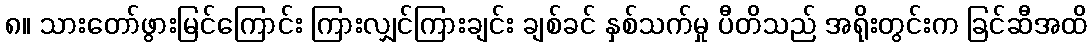
၈။ သားတော်ဖွားမြင်ကြောင်း ကြားလျှင်ကြားချင်း ချစ်ခင် နှစ်သက်မှု ပီတိသည် အရိုးတွင်းက ခြင်ဆီအထိ